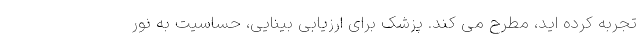
تجربه کرده اید، مطرح می کند. پزشک برای ارزیابی بینایی، حساسیت به نور